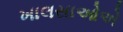
ખાલસાઓએ